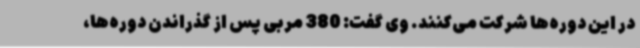
در این دوره‌ها شرکت می‌کنند. وی گفت: 380 مربی پس از گذراندن دوره‌ها،